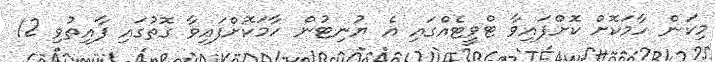
މިކަން ހާމަކޮށް ކޮށްފައިވާ ޓްވީޓެއްގައި އެ ޔުނިޓުން ހާމަކޮށްފައިވާ ގޮތުގައި ފާއިތުވި 12